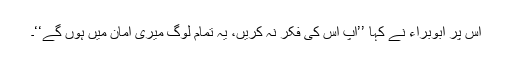
اس پر ابوبراء نے کہا ’’آپ اس کی فکر نہ کریں، یہ تمام لوگ میری امان میں ہوں گے‘‘۔